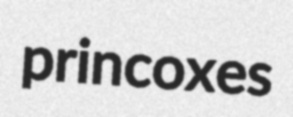
princoxes